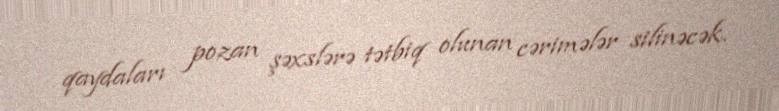
qaydaları pozan şəxslərə tətbiq olunan cərimələr silinəcək.